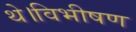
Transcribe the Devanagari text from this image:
थे।विभीषण